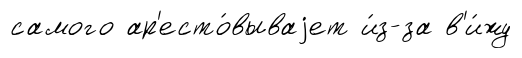
самого ар'есто́вываjет и́з-за в'и́жу